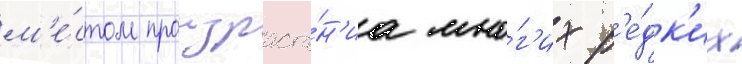
м'е́стом произраста́н'иа мно́г'их р'е́дк'их